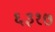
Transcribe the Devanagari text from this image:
६३१७